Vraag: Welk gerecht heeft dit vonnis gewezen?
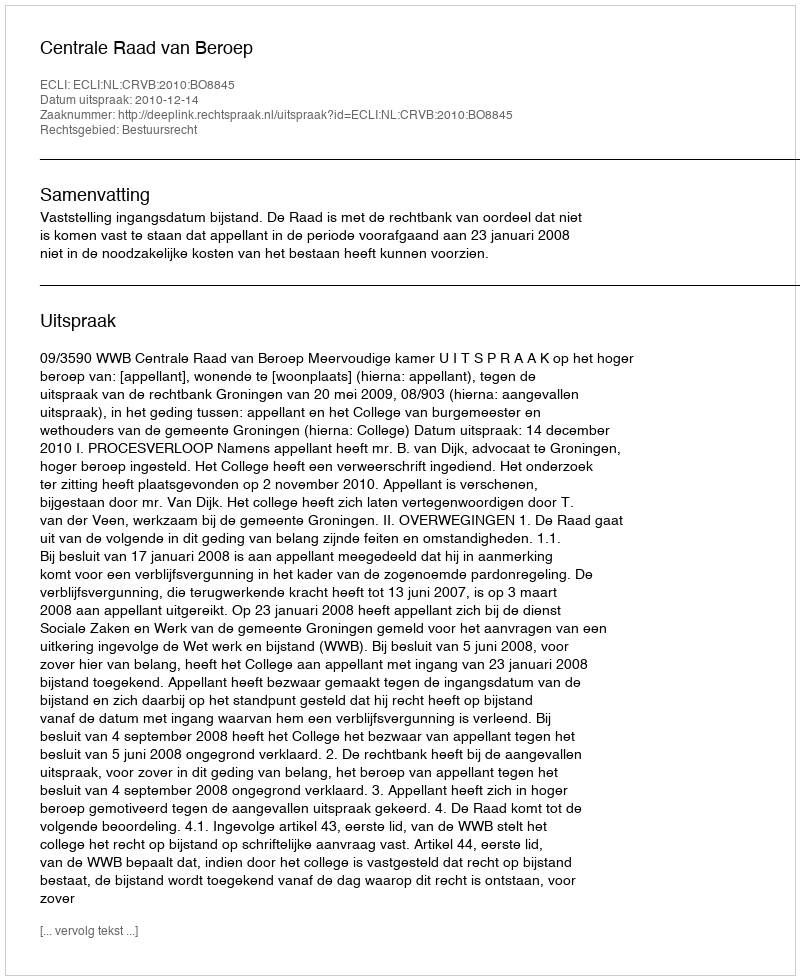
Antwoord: Centrale Raad van Beroep